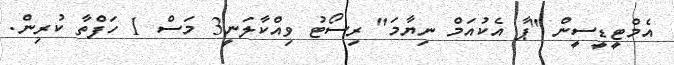
އެމްޓީޑީސީން "ޕާ އެކުއަމް ނިޔާމަ" ރިސޯޓު ވިއްކާލަނީ3 މަސް 1 ހަފްތާ ކުރިން.